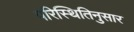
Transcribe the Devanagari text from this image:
परिस्थितिनुसार